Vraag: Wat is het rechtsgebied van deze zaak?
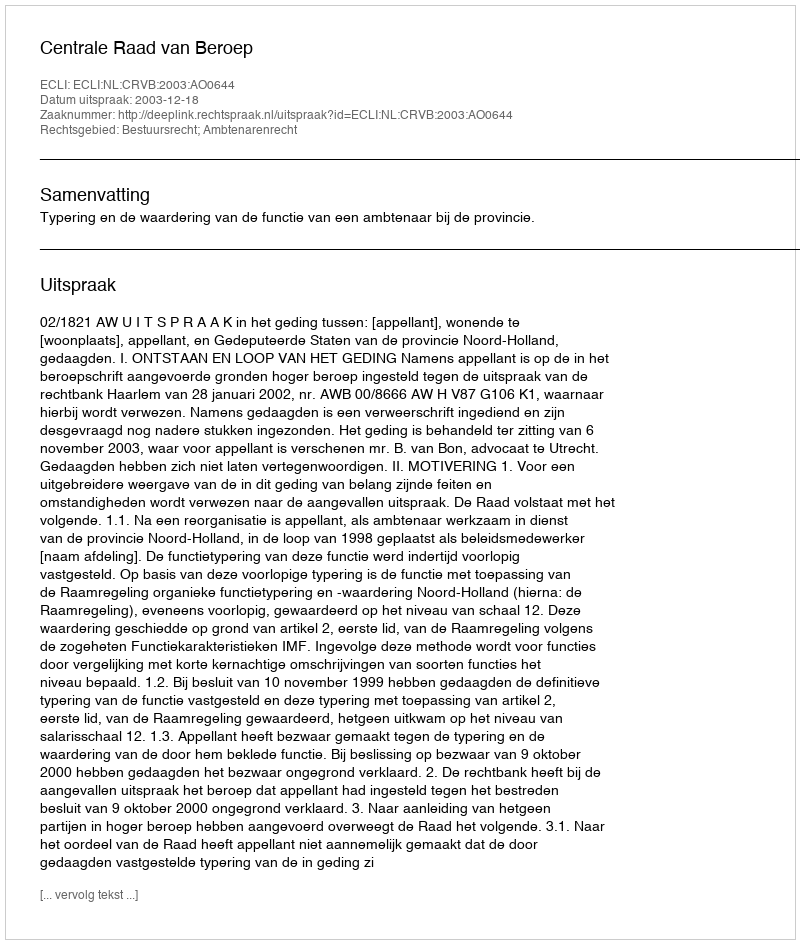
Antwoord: Bestuursrecht; Ambtenarenrecht